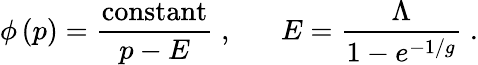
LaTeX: \phi\left(p\right)={\frac{\mathrm{constant}}{p-E}}\; ,\; \; \; \; \; \; E={\frac{\Lambda}{1-e^{-1/g}}}\; .